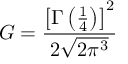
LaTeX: G = { \frac { \left[ \Gamma \left( { \frac { 1 } { 4 } } \right) \right] ^ { 2 } } { 2 { \sqrt { 2 \pi ^ { 3 } } } } }